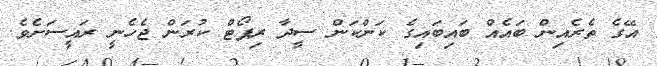
އޭގެ ތެރެއިން ބައެއް ބައިބައިގެ ކަންކަން ސީދާ ރިޕޯޓް ކުރަން ޖެހެނީ ރައީސަށެވެ.